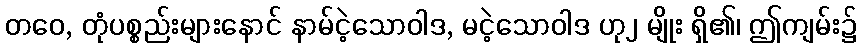
တဝေ, တုံပစ္စည်းများနောင် နာမ်ငဲ့သောဝါဒ, မငဲ့သောဝါဒ ဟု၂ မျိုး ရှိ၏၊ ဤကျမ်း၌